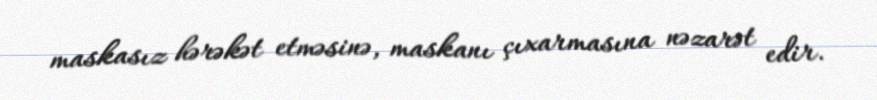
maskasız hərəkət etməsinə, maskanı çıxarmasına nəzarət edir.